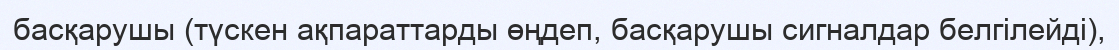
басқарушы (түскен ақпараттарды өңдеп, басқарушы сигналдар белгілейді),